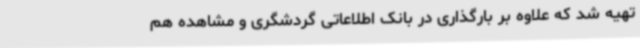
تهیه شد که علاوه بر بارگذاری در بانک اطلاعاتی گردشگری و مشاهده هم